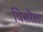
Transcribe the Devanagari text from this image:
यिसरैल